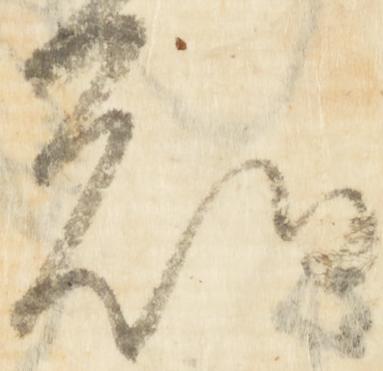
知